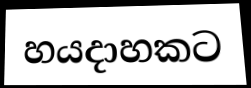
හයදාහකට